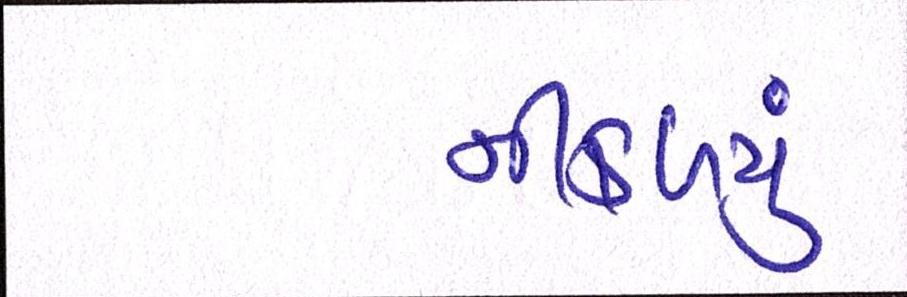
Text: નીકળ્યું